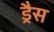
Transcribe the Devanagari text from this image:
ड्रैस